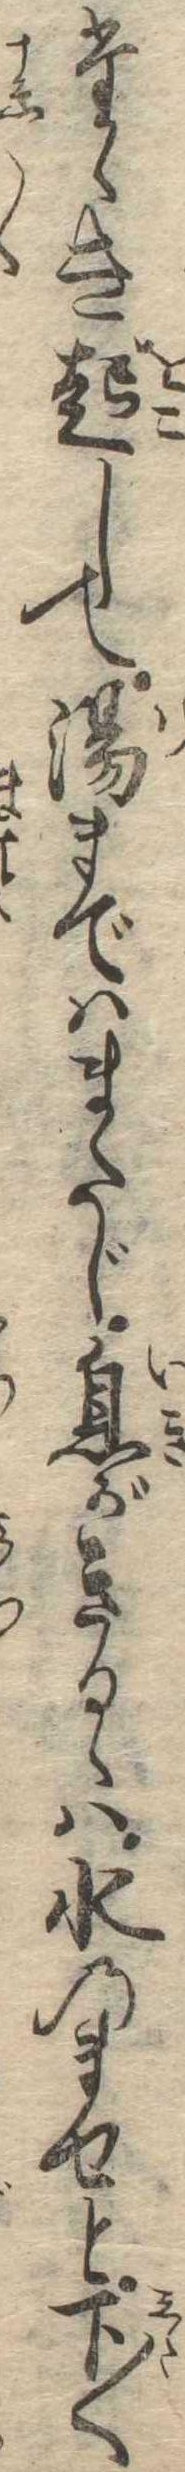
たゝき起して湯まではまたじ息がきるゝは水のませと下〱